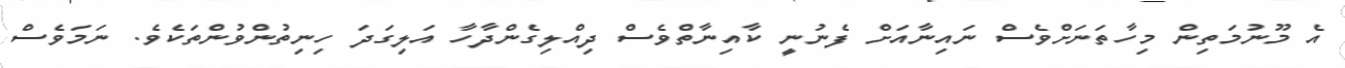
އެ މޫނުމަތިން މިހާތަނަށްވެސް ނައިނާއަށް ފެނުނީ ކާއިނާތްވެސް ދިއްލިގެންދާހާ އަލިގަދަ ހިނިތުންވުންތަކެވެ. ނަމަވެސް